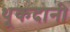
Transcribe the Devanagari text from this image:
थूकदानी